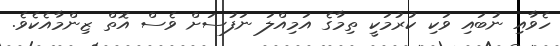
ހެވާއި ނުބައި ވަކި ކުރުމަކީ ތިމާގެ އަމިއްލަ ނަފުސަށް ވެސް އޮތް ޒިންމާއެކެވެ.